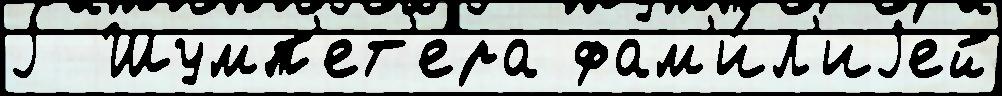
j  Шумп'ет'ера фам'и́л'иjей